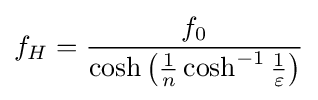
f_{H}={\frac {f_{0}}{\cosh \left({\frac {1}{n}}\cosh ^{-1}{\frac {1}{\varepsilon }}\right)}}